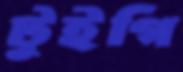
টুইগি